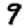
Digit: 9